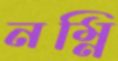
নম্নি